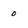
Character: o